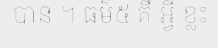
បាន ។ ធម៌៥ គឺ អ្វី ខ្លះ